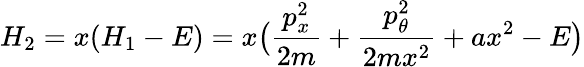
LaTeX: H_{2}=x(H_{1}-E)=x\bigl(\frac{p_{x}^{2}}{2m}+\frac{p_{\theta}^{2}}{2mx^{2}}+ax^{2}-E\bigr)